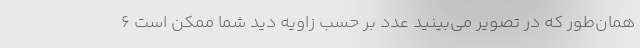
همان‌طور که در تصویر می‌بینید عدد بر حسب زاویه دید شما ممکن است ۶